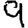
Digit: 9